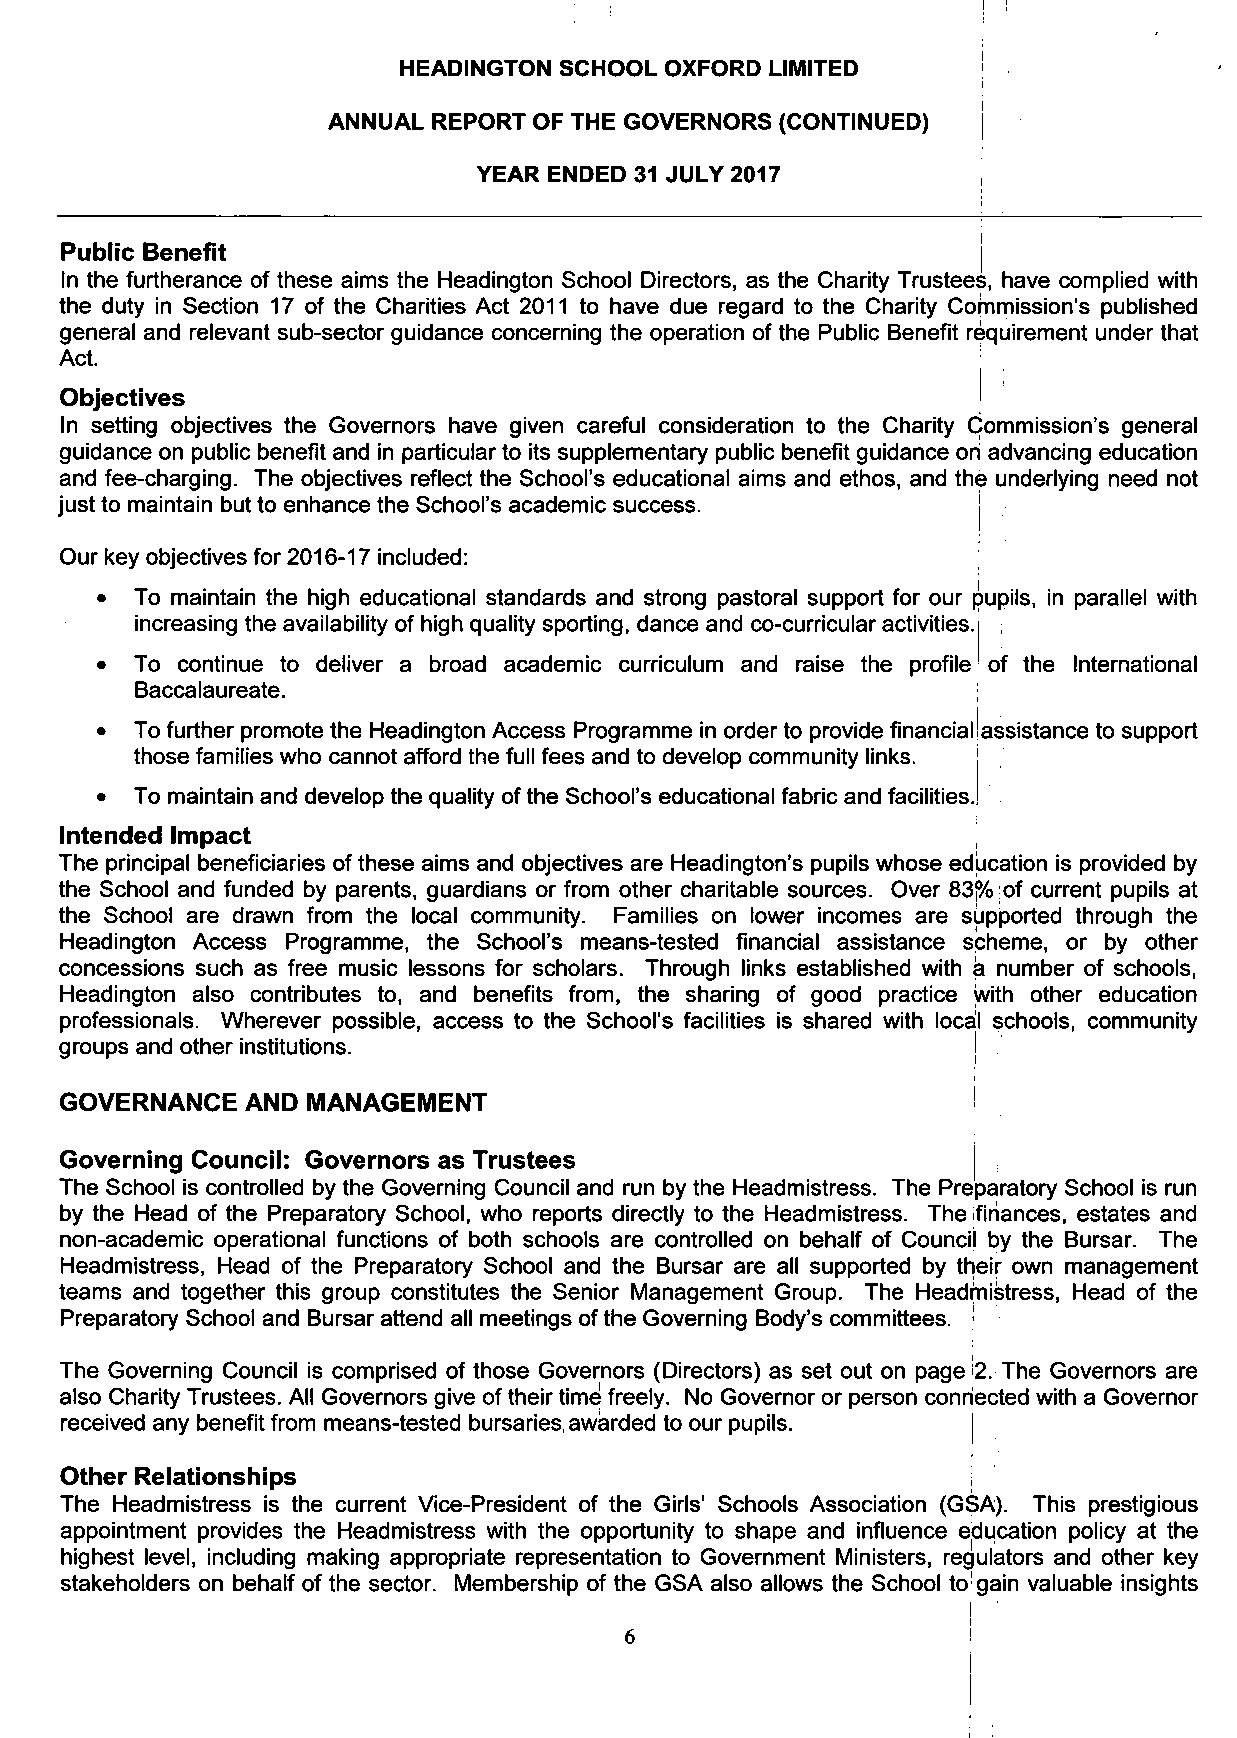
HEADINGTON SCHOOL OXFORD LIMITED
 ANNUAL REPORT OF THE GOVERNORS (CONTINUED)
 YEAR ENDED 31 JULY 2017
 Public Benefit                                              j
 In the furtherance of these aims the Headington School Directors, as the Charity Trustees, have complied with
 the duty in Section 17 of the Charities Act 2011 to have due regard to the Charity Commission's published
 general and relevant sub-sector guidance concerning the operation of the Public Benefit requirement under that
 Act.
 Objectives                                                  I
 In setting objectives the Governors have given careful consideration to the Charity Commission's general
 guidance on public benefit and in particular to its supplementary public benefit guidance on advancing education
 and fee-charging. The objectives reflect the School's educational aims and ethos, and the underlying need not
 just to maintain but to enhance the School's academic success. j
 Our key objectives for 2016-17 included:
 •  To maintain the high educational standards and strong pastoral support for our pupils, in parallel with
 increasing the availability of high quality sporting, dance and co-curricular activities.
 To continue to deliver a broad academic curriculum and raise the profile of the International
 Baccalaureate.
 •  To further promote the Headington Access Programme in order to provide financial'assistance to support
 those families who cannot afford the full fees and to develop community links.
 •  To maintain and develop the quality of the School's educational fabric and facilities.
 Intended Impact
 The principal beneficiaries of these aims and objectives are Headington's pupils whose education is provided by
 the School and funded by parents, guardians or from other charitable sources. Over 83% of current pupils at
 the School are drawn from the local community. Families on lower incomes are supported through the
 Headington Access Programme, the School's means-tested financial assistance scheme, or by other
 concessions such as free music lessons for scholars. Through links established with a number of schools,
 Headington also contributes to, and benefits from, the sharing of good practice with other education
 professionals. Wherever possible, access to the School's facilities is shared with local schools, community
 groups and other institutions.                              j
 GOVERNANCE   AND MANAGEMENT                                  !
 Governing Council: Governors as Trustees
 The School is controlled by the Governing Council and run by the Headmistress. The Preparatory School is run
 by the Head of the Preparatory School, who reports directly to the Headmistress. The finances, estates and
 non-academic operational functions of both schools are controlled on behalf of Council by the Bursar. The
 Headmistress, Head of the Preparatory School and the Bursar are all supported by their own management
 teams and together this group constitutes the Senior Management Group. The Headmistress, Head of the
 Preparatory School and Bursar attend all meetings of the Governing Body's committees. :
 The Governing Council is comprised of those Governors (Directors) as set out on page te. The Governors are
 also Charity Trustees. All Governors give of their time freely. No Governor or person connected with a Governor
 received any benefit from means-tested bursaries, awarded to our pupils. |
 Other Relationships
 The Headmistress is the current Vice-President of the Girls' Schools Association (GSA). This prestigious
 appointment provides the Headmistress with the opportunity to shape and influence education policy at the
 highest level, including making appropriate representation to Government Ministers, regulators and other key
 stakeholders on behalf of the sector. Membership of the GSA also allows the School to1 gain valuable insights
 l '
 i
 6                      !